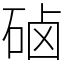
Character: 硵